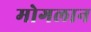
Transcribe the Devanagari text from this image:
मोगलान